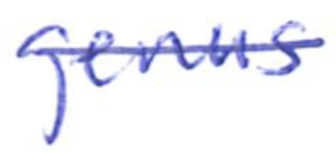
Text: genus
Cross-out: single-line
Writing tool: ballpoint